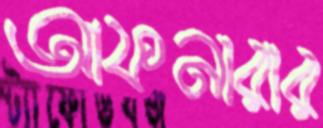
আফনারার